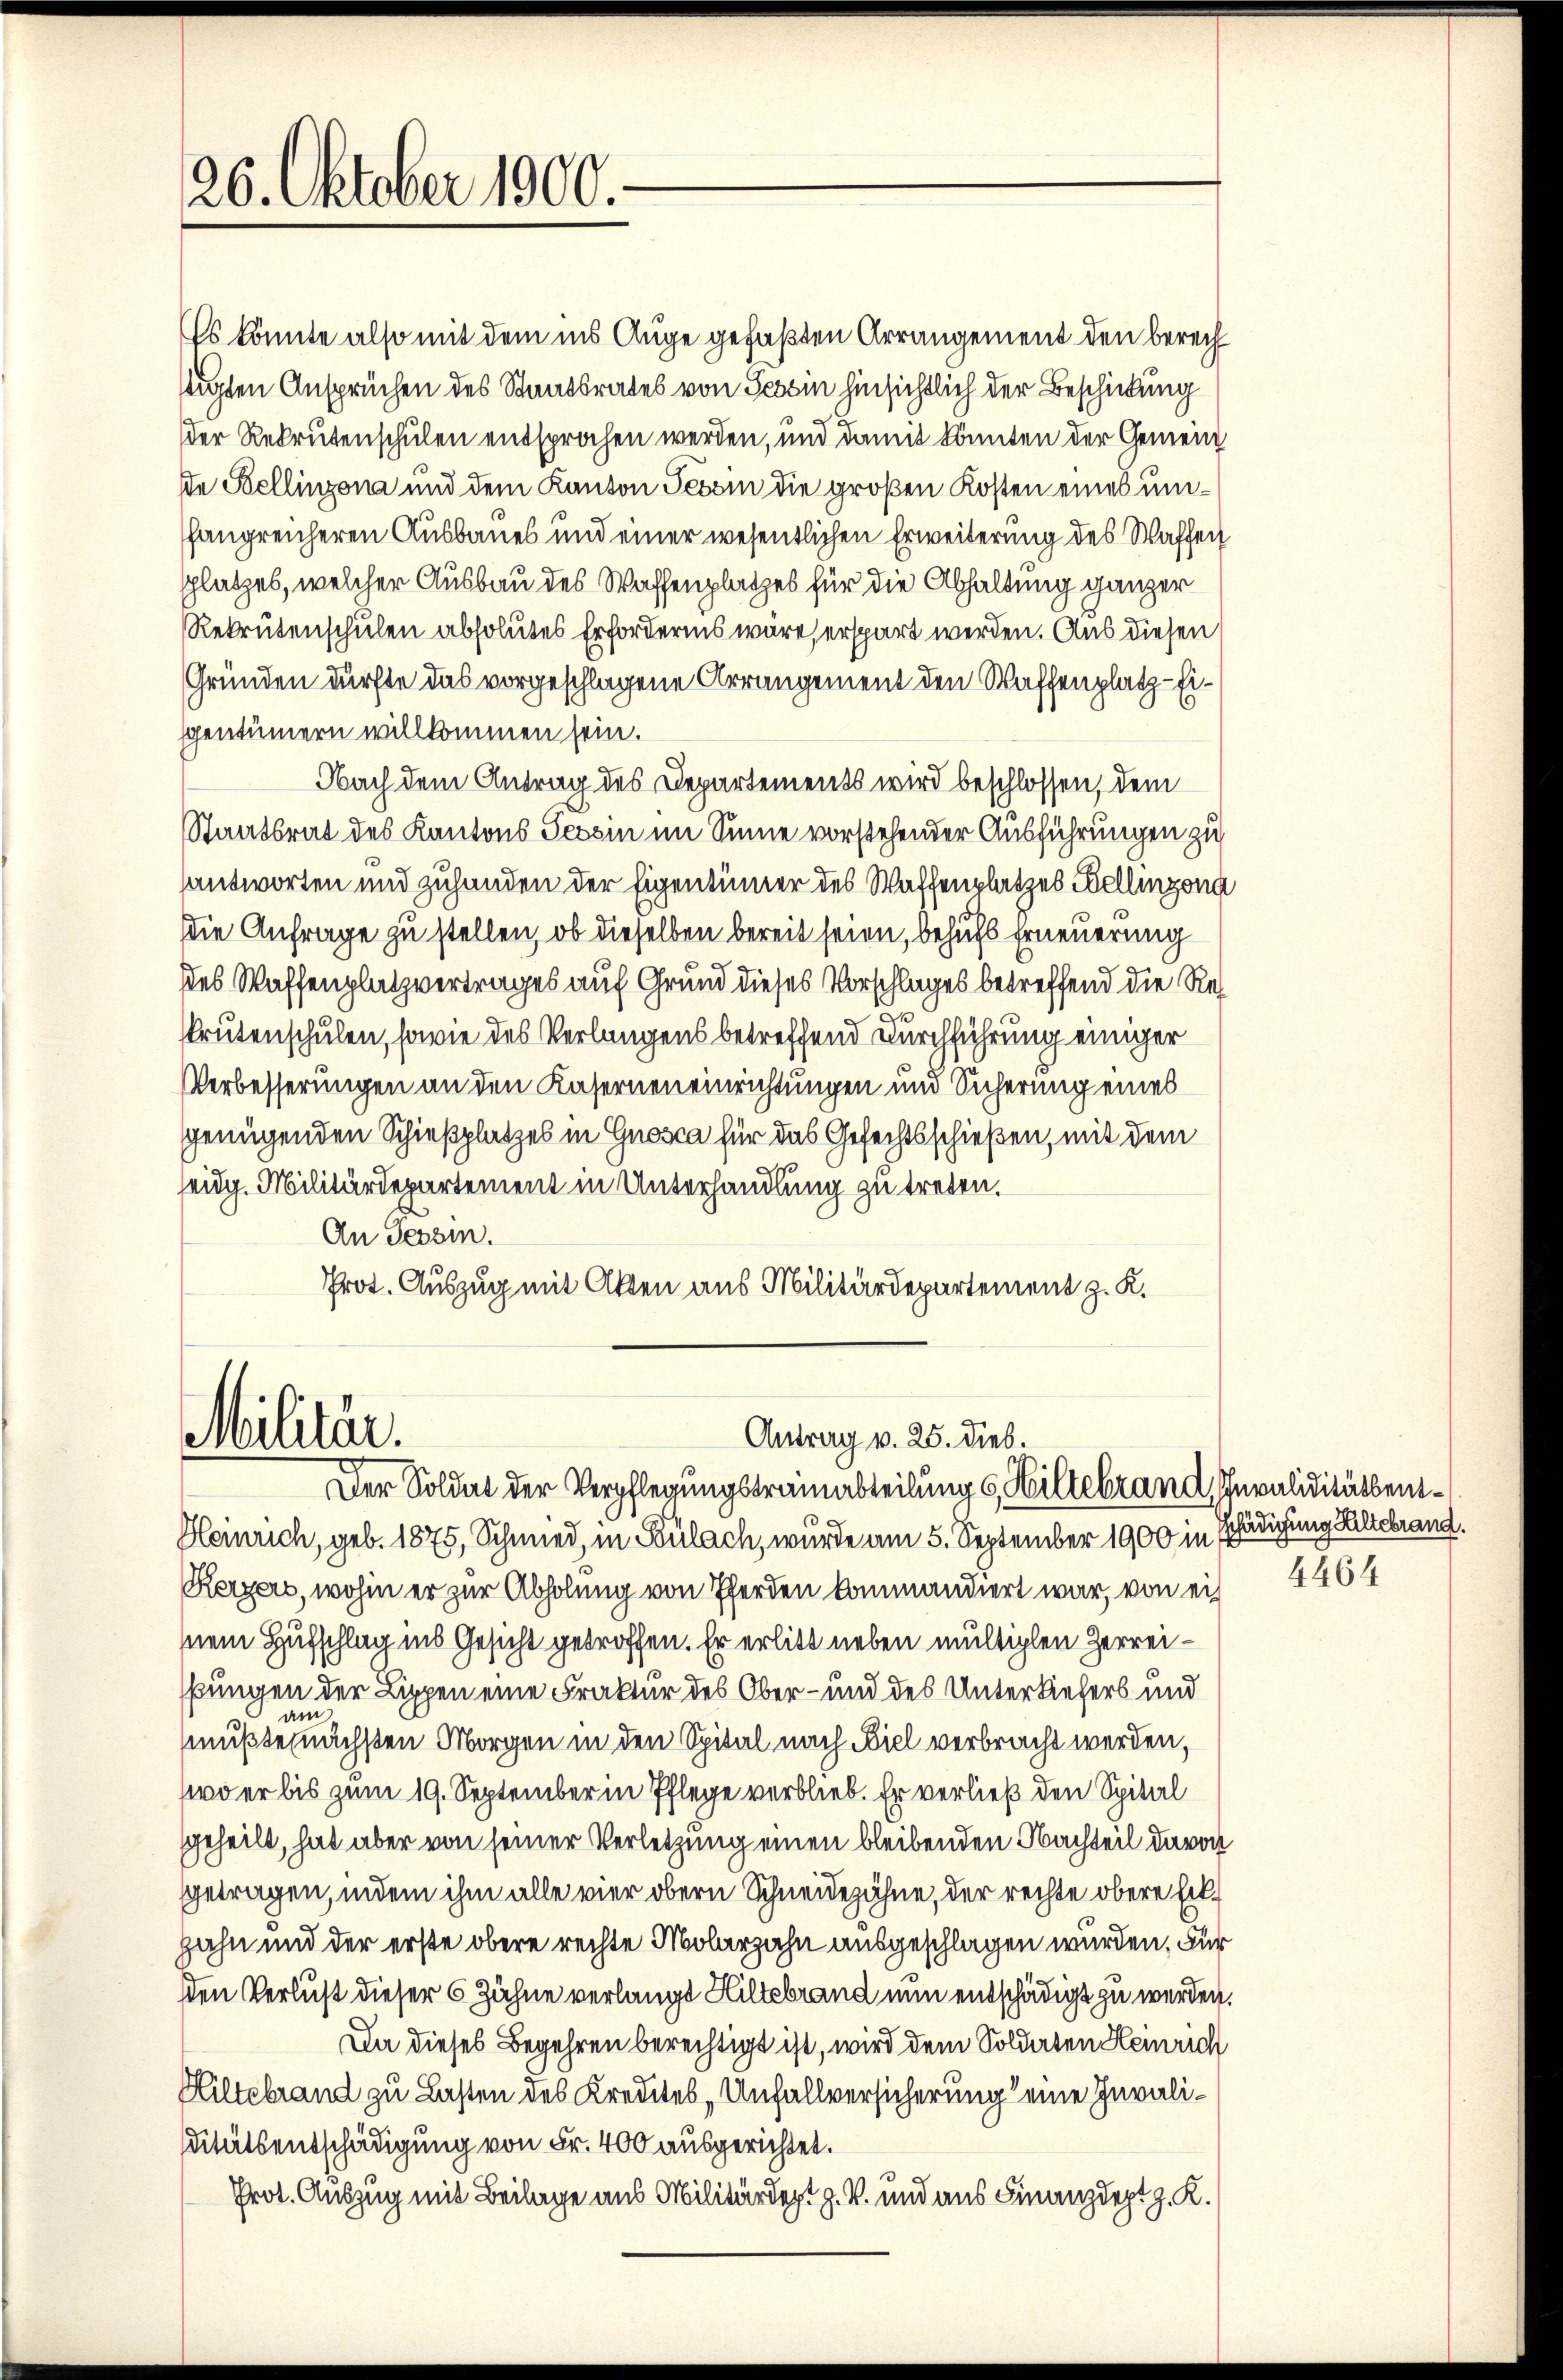
26. Oktober 1900.

Militär.

Es könnte also mit dem ins Auge gefaßten Arrangement den berech
stigten Ansprüchen des Staatsrates von Tessin hinsichtlich der Beschickung
der Rekrutenschulen entsprochen werden, und damit könnten der Gemeinde Stellinzona und dem Kanton Tessin die großen Kosten eines umfangreicheren Ausbaues und einer wesentlichen Erweiterung des Waffen
splatzes, welcher Ausbau des Waffenplatzes für die Abhaltung ganzer
Rekrutenschulen absolutes Erfordernis wäre, erspart werden. Aus diesen
Gründen dürfte das vorgeschlagene Arrangement den Waffenplatz-Eigentümern willkommen sein.
Nach dem Antrag des Departements wird beschlossen, dem
Staatsrat des Kantons Tessin im Sinne vorstehender Ausführungen zu
santworten und zuhanden der Eigentümer des Waffenplatzes Fellinzona
Die Anfrage zu stellen, ob dieselben bereit seien, behufs Erneuerung
des Waffenplatzvertrages auf Grund dieses Vorschlages betreffend die Resskrutenschulen, sowie des Verlangens betreffend Durchführung einiger
Verbesserungen an den Kaserneneinrichtungen und Sicherung eines
genügenden Schießplatzes in Gnosca für das Gefechtsschießen, mit dem
eidg. Militärdepartement in Unterhandlung zu treten.
An Tessin.
Prot. Auszug mit Akten aus Militärdepartement z. K.

Antrag v. 25. Dieb.
Der Soldat der Verpflegungstrainabteilung 6, Hiltebrand Invaliditäten¬

Heinrich, geb. 1875, Schmied, in Bülach, wurde am 5. September 1900 in Schädigung Altebrand.
Kerzers, wohin er zur Abholung von Pferden kommandiert war, von ei
mem Hufschlag ins Gesicht getroffen. Er erlitt neben mültigten Herreibungen der Lippen eine Fraktur des Ober- und des Unterliefers und
3. an
mußte nächsten Morgen in den Spital nach Biel verbracht werden,
(wo er bis zum 19. September in Pflege verblieb. Er verließ den Spital
geheilt, hat aber von seiner Verletzung einen bleibenden Nachteil davon
getragen, indem ihm alle vier obern Schneidezähne, der rechte obere Eizahn und der erste obere rechte Molarzahn ausgeschlagen wurden. Für
den Verlust dieser 6 Zähne verlangt Hiltebrand nun entschädigt zu werden.
Da dieses Begehren berechtigt ist, wird dem Soldaten Heinrich
Hiltebrand zu Lasten des Kredites „Unfallversicherung eine Invaliditätsentschädigung von Fr. 400 ausgerichtet.
Prot. Auszug mit Beilage aus Militärdept z. B. und aus Finanzdeptg. K.

4464